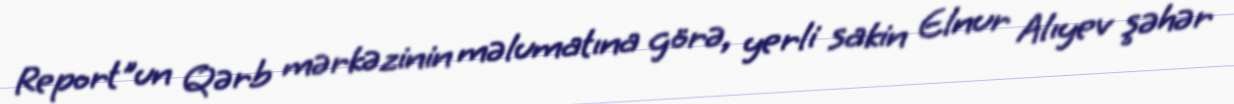
Report"un Qərb mərkəzinin məlumatına görə, yerli sakin Elnur Alıyev şəhər